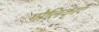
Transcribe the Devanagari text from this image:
गोलिकाएँ